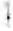
1